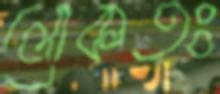
লোকতঃ